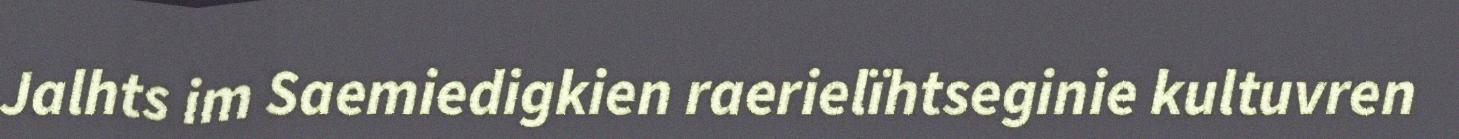
Jalhts im Saemiedigkien raerielïhtseginie kultuvren